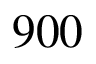
9 0 0